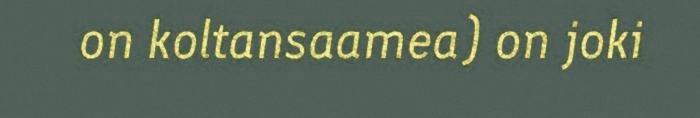
on koltansaamea) on joki